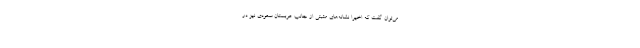
می‌توان گفت که اخیرا نشانه‌های مثبتی از جانب عربستان سعودی نیز در